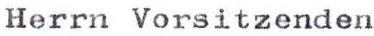
Herrn Vorsitzenden